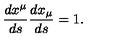
\frac { d x ^ { \mu } } { d s } \frac { d x _ { \mu } } { d s } = 1 { . }